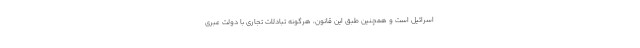
اسرائیل است و همچنین طبق این قانون، هرگونه تبادلات تجاری با دولت عبری